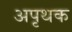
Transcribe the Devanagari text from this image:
अपृथक